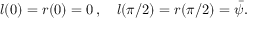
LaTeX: l ( 0 ) = r ( 0 ) = 0 \, , \quad l ( \pi / 2 ) = r ( \pi / 2 ) = { \bar { \psi } } .